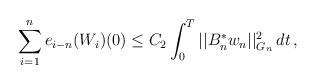
\begin{align*}\displaystyle{\sum_{i=1}^n e_{i-n}(W_i)(0)} \le C_2 \int_0^T || B_n^{\ast}w_n||_{G_n}^2 \,dt \,,\end{align*}